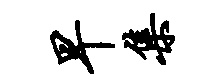
早集